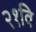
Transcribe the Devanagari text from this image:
२१वि